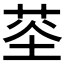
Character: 𮏏